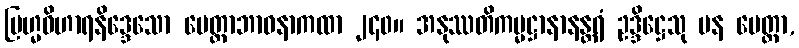
ဗြဟ္မဝိဟာရနိဒ္ဒေသော မေတ္တာဘာဝနာကထာ ၂၄၀။ အနုဿတိကမ္မဋ္ဌာနာနန္တရံ ဥဒ္ဒိဋ္ဌေသု ပန မေတ္တာ,